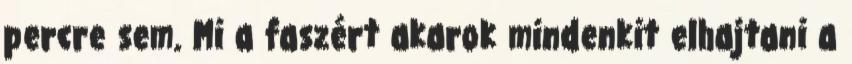
percre sem. Mi a faszért akarok mindenkit elhajtani a